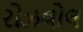
રોઝવોલ